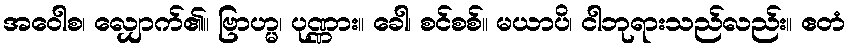
အဝေါစ၊ လျှောက်၏။ ဗြာဟ္မ၊ ပုဏ္ဏား။ ခေါ၊ စင်စစ်။ မယာပိ၊ ငါဘုရားသည်လည်း။ ဧတံ